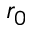
r _ { 0 }